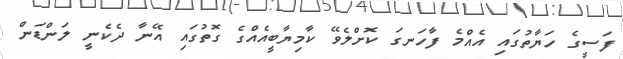
ފަސީގެ ހަޔާތުގައި އެއްމެ ފާހަނގަ ކޮށްލެވޭ ކާމިޔާބީއެއްގެ ގޮތުގައި އޭނާ ދެކެނީ ލަންޑަން